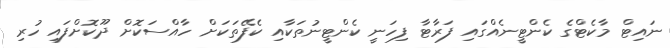
ނައިޓް މާކެޓްގެ ކެންޓީނެއްގައި ފަރާޓާ ފިހަނީ ކެންޓީނުތަކާއި ކެފޭތަކަށް ހާއްސަކޮށް ދޫކޮށްފައި ހުރި